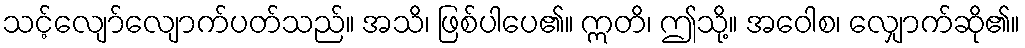
သင့်လျော်လျောက်ပတ်သည်။ အသိ၊ ဖြစ်ပါပေ၏။ ဣတိ၊ ဤသို့။ အဝေါစ၊ လျှောက်ဆို၏။